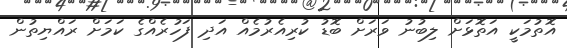
އޮތުމަކީ އަތޮޅަށް ލިބުނު ވަރަށް ބޮޑު ކުރިއެރުމެއް އަދި ފަހުރެއްގެ ކަމަށް ރައްޔިތުން